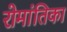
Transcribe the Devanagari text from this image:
रोमांतिका